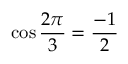
\cos { \frac { 2 \pi } { 3 } } = { \frac { - 1 } { 2 } }